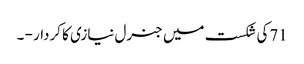
71کی شکست میں جنرل نیازی کا کردار - ۔